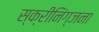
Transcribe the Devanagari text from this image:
स्क्रीनिंग्जना